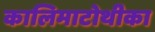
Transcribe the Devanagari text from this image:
कालिमाटोथीका